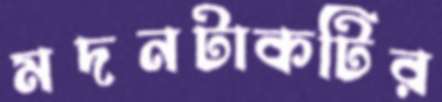
মদনটাকটির